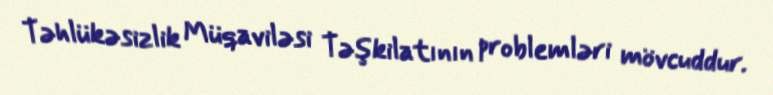
Təhlükəsizlik Müqaviləsi Təşkilatının problemləri mövcuddur.